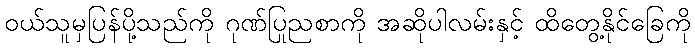
ဝယ်သူမှပြန်ပို့သည်ကို ဂုဏ်ပြုညစာကို အဆိုပါလမ်းနှင့် ထိတွေ့နိုင်ခြေကို